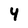
Character: 4